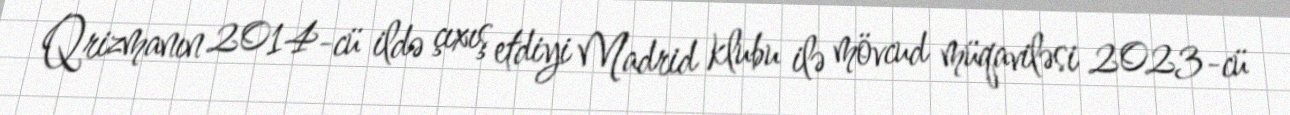
Qrizmanın 2014-cü ildə çıxış etdiyi Madrid klubu ilə mövcud müqaviləsi 2023-cü